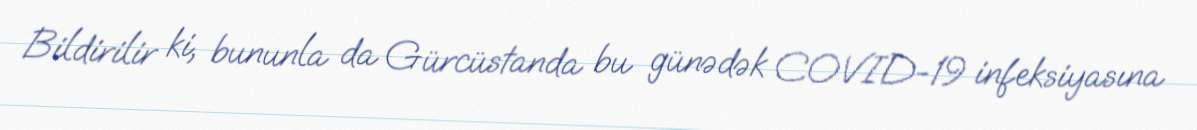
Bildirilir ki, bununla da Gürcüstanda bu günədək COVID-19 infeksiyasına